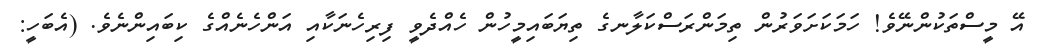
އޭ މީސްތަކުންނޭވެ! ހަމަކަށަވަރުން ތިމަންރަސްކަލާނގެ ތިޔަބައިމީހުން ހެއްދެވީ ފިރިހެނަކާއި އަންހެނެއްގެ ކިބައިންނެވެ. (އެބަހީ: